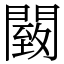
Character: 䦯